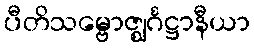
ပီတိသမ္ဗောဇ္ဈင်္ဂဋ္ဌာနီယာ